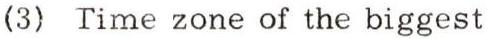
(3) Time zone of the biggest